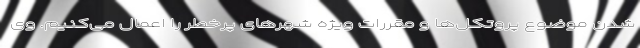
شدن موضوع پروتکل‌ها و مقررات ویژه شهرهای پرخطر را اعمال می‌کنیم. وی